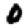
Digit: 0